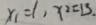
x _ { 1 } = 1 , x _ { 2 } = 1 3